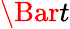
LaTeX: \Bar{t}